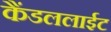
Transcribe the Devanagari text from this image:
कैंडललाईट